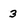
Character: 3